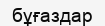
бұғаздар